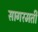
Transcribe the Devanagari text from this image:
सागरमती